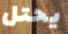
يحتل